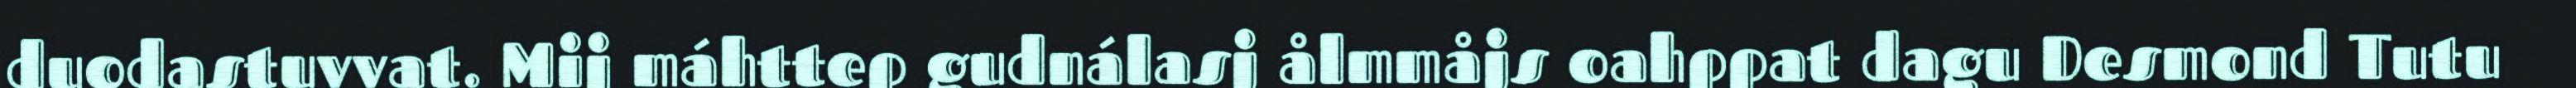
duodastuvvat. Mij máhttep gudnálasj ålmmåjs oahppat dagu Desmond Tutu